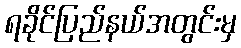
ရခိုင်ပြည်နယ်အတွင်းမှ